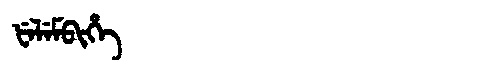
Manchu: ᡶᡝᠯᡝᠮᠪᡳᡥᡝ
Romanization: FELEMBIHE